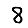
Digit: 8